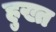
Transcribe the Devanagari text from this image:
हुख्त